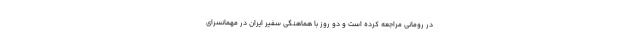
در رومانی مراجعه کرده است و دو روز با هماهنگی سفیر ایران در مهمانسرای